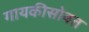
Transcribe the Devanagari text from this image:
गायकीसोबत